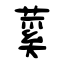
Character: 蒵